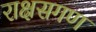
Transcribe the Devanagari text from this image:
राक्षसगण